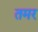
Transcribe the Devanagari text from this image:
तमर